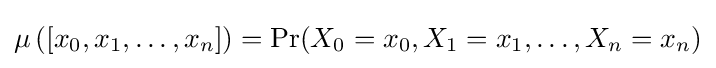
\mu \left([x_{0},x_{1},\ldots ,x_{n}]\right)=\mathrm {Pr} (X_{0}=x_{0},X_{1}=x_{1},\ldots ,X_{n}=x_{n})